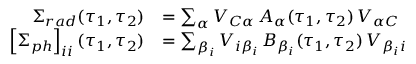
\begin{array} { r l } { \Sigma _ { r a d } ( \tau _ { 1 } , \tau _ { 2 } ) } & { = \sum _ { \alpha } V _ { C \alpha } \, A _ { \alpha } ( \tau _ { 1 } , \tau _ { 2 } ) \, V _ { \alpha C } } \\ { \left[ \Sigma _ { p h } \right] _ { i i } ( \tau _ { 1 } , \tau _ { 2 } ) } & { = \sum _ { \beta _ { i } } V _ { i \beta _ { i } } \, B _ { \beta _ { i } } ( \tau _ { 1 } , \tau _ { 2 } ) \, V _ { \beta _ { i } i } } \end{array}